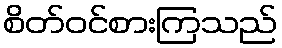
စိတ်ဝင်စားကြသည်